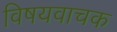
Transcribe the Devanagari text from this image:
विषयवाचक